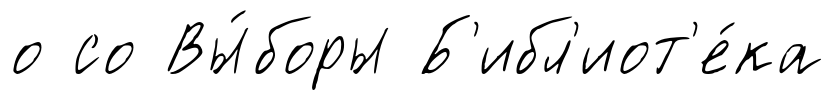
о со Вы́боры Б'ибл'иот'е́ка